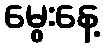
မွေးနေ့